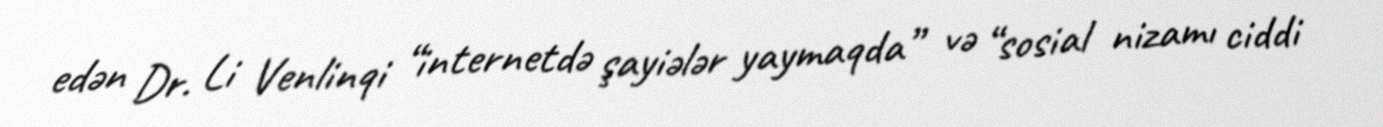
edən Dr. Li Venlinqi “internetdə şayiələr yaymaqda” və “sosial nizamı ciddi